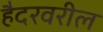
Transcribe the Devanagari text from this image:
हैदरवरील